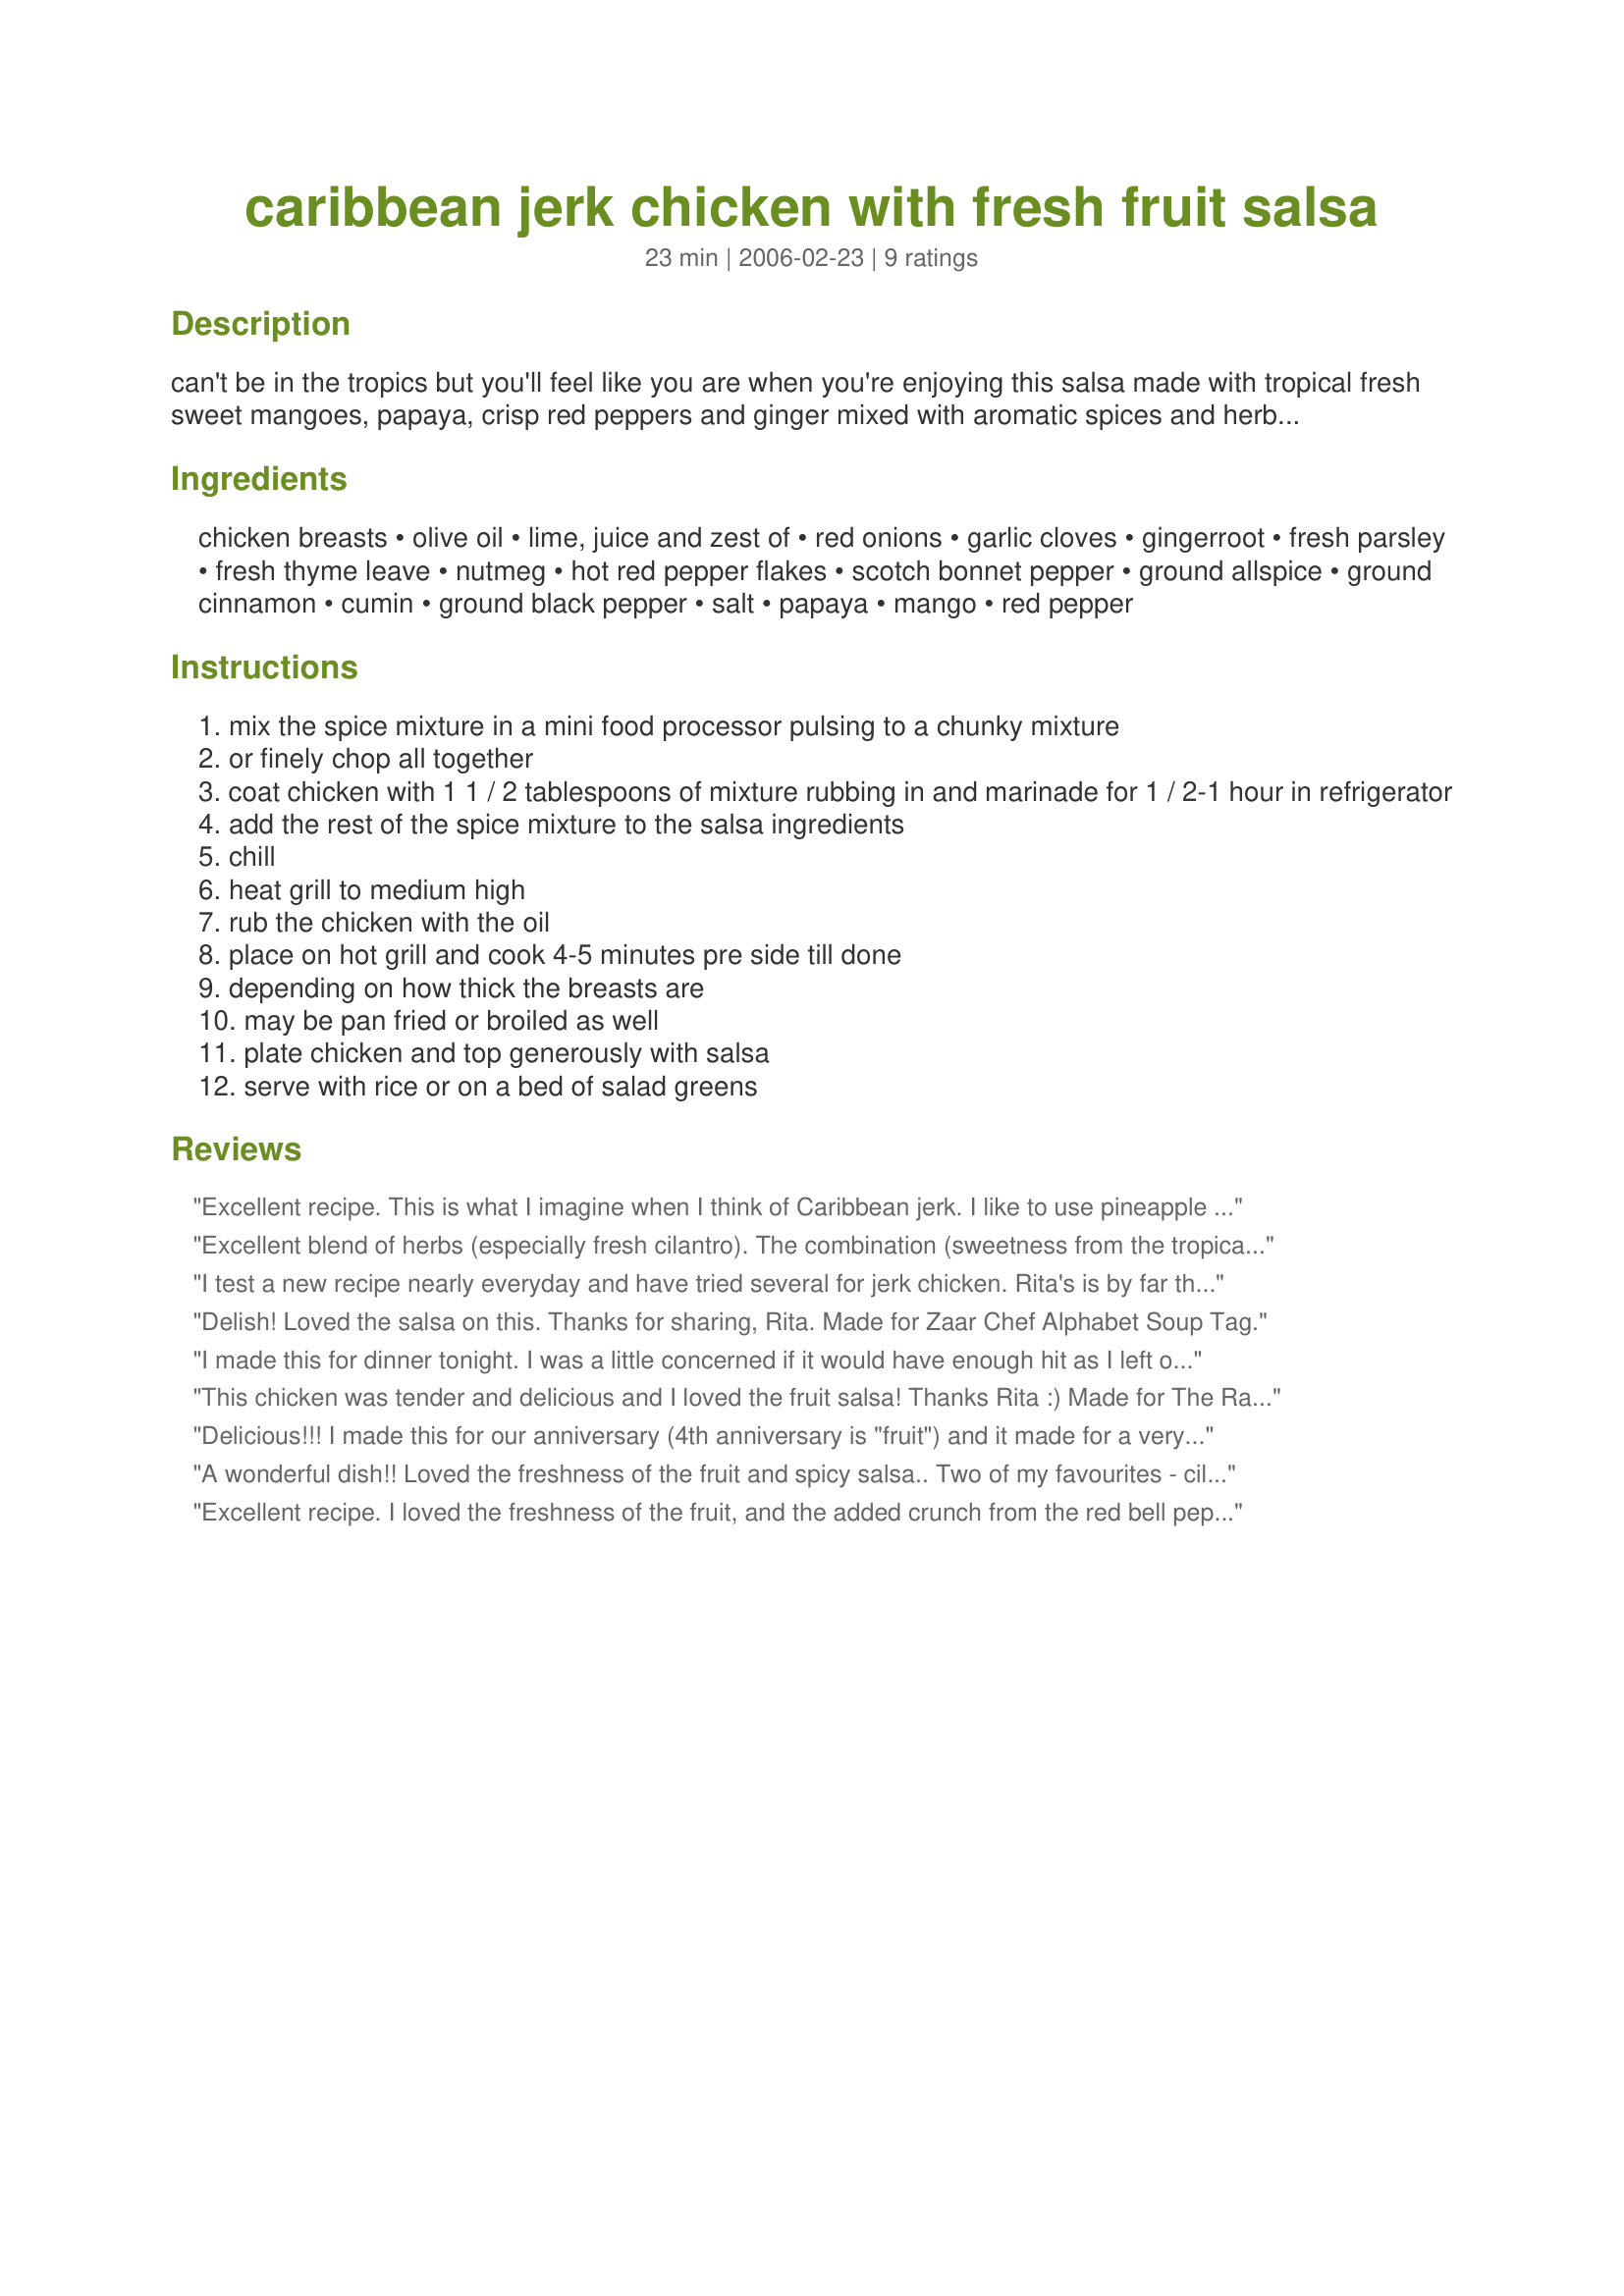
caribbean jerk chicken with fresh fruit salsa
Preparation time: 23 minutes

can't be in the tropics but you'll feel like you are when you're enjoying this salsa made with tropical fresh sweet mangoes, papaya, crisp red peppers and ginger mixed with aromatic spices and herbs topping the grilled jerk chicken that is well seasoned with the same mixture of herbs and spices.

Ingredients:
chicken breasts, olive oil, lime, juice and zest of, red onions, garlic cloves, gingerroot, fresh parsley, fresh thyme leave, nutmeg, hot red pepper flakes, scotch bonnet pepper, ground allspice, ground cinnamon, cumin, ground black pepper, salt, papaya, mango, red pepper

Steps:
mix the spice mixture in a mini food processor pulsing to a chunky mixture
or finely chop all together
coat chicken with 1 1 / 2 tablespoons of mixture rubbing in and marinade for 1 / 2-1 hour in refrigerator
add the rest of the spice mixture to the salsa ingredients
chill
heat grill to medium high
rub the chicken with the oil
place on hot grill and cook 4-5 minutes pre side till done
depending on how thick the breasts are
may be pan fried or broiled as well
plate chicken and top generously with salsa
serve with rice or on a bed of salad greens

Reviews:
Excellent recipe. This is what I imagine when I think of Caribbean jerk. I like to use pineapple in the salsa. My mouth is watering just thinking about how good this jerk chicken is!
 Excellent blend of herbs (especially fresh cilantro). The combination (sweetness from the tropical fruit, and slightly piquante from spices and scotch bonnet pepper) was not uncomfortable nor was it overwhelming... After marinating for 24 hrs in the spice mixture, I butterflied the chicken breasts and grilled them on the stovetop in an iron griddle. The chicken meat blackened beautifully and welcomed the freshness of the fruit salsa. Thank you Rita; I happily give you five thumbs up. — Feb 27, 2006


I test a new recipe nearly everyday and have tried several for jerk chicken. Rita's is by far the best. I love the spice mixture, which has a wonderful balance.
Delish! Loved the salsa on this. Thanks for sharing, Rita. Made for Zaar Chef Alphabet Soup Tag.
I made this for dinner tonight. I was a little concerned if it would have enough hit as I left off the scotch bonnet pepper because I didn't happen to have it. It was very nicely seasoned. I did flatten the chicken breasts for even cooking and cooked them in a cast iron grill pan. The chicken was sliced and served on a bed of fresh mixed greens and topped with the wonderful salsa.
This chicken was tender and delicious and I loved the fruit salsa! Thanks Rita :) Made for The Rail Riding Rowdies ZWT5.
Delicious!!! I made this for our anniversary (4th anniversary is "fruit") and it made for a very special meal. I'm not the biggest cumin fan and was a little scared of it but it worked beautifully with the fruit, a perfect complement. I served this with recipe#97745 and recipe#152608. Thanks for helping to make our anniversary so special!
A wonderful dish!! Loved the freshness of the fruit and spicy salsa.. Two of my favourites - cilantro and fresh ginger yummy!!
A great recipe Rita.
Thank you.
Excellent recipe. I loved the freshness of the fruit, and the added crunch from the red bell pepper with a little tang of the hot peppers was just perfect. Thank you for posting. Made by "Cooks With Dirty Faces" member for ZWT5
